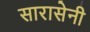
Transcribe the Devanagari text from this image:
सारासेनी